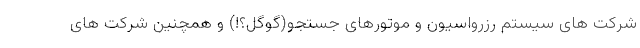
شرکت های سیستم رزرواسیون و موتورهای جستجو(گوگل؟!) و همچنین شرکت های